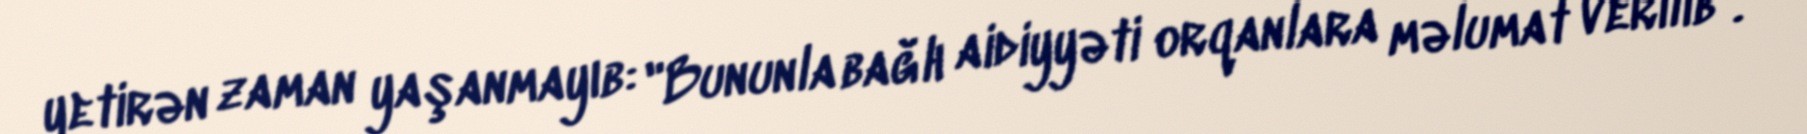
yetirən zaman yaşanmayıb: "Bununla bağlı aidiyyəti orqanlara məlumat verilib".